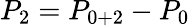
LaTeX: P_{2}=P_{0+2}-P_{0}